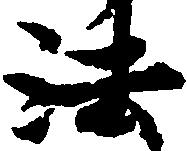
法